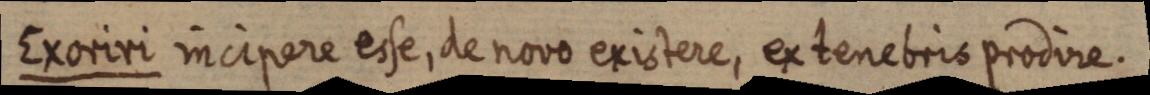
Exoriri incipere esse, de novo existere, ex tenebris prodire.